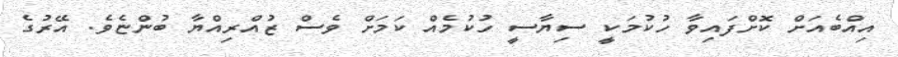
އިއްބެއަށް ކޮށްފައިވާ ހުކުމަކީ ސިޔާސީ ހުކުމެއް ކަމަށް ވެސް ޒުއްރިއްޔާ ބުންޏެވެ. އޭރުގެ